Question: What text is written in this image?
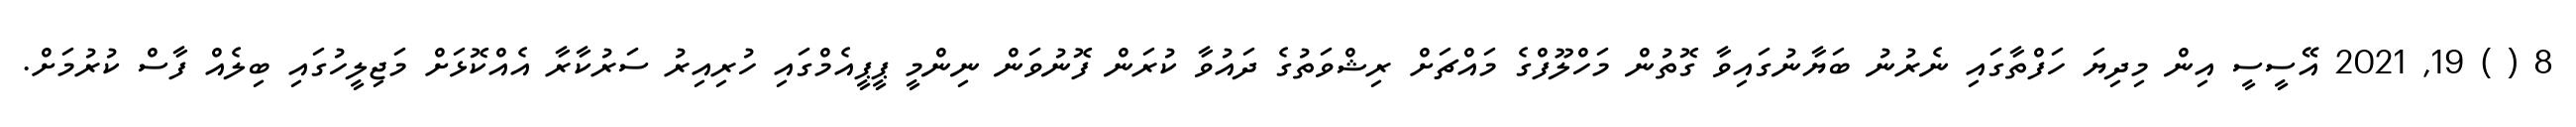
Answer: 8 ( ) 19, 2021 އޭސީސީ އިން މިދިޔަ ހަފްތާގައި ނެރުނު ބަޔާނުގައިވާ ގޮތުން މަހްލޫފްގެ މައްޗަށް ރިޝްވަތުގެ ދައުވާ ކުރަން ފޮނުވަން ނިންމީ ޕީޕީއެމްގައި ހުރިއިރު ސަރުކާރާ އެއްކޮޅަށް މަޖިލީހުގައި ބިލެއް ފާސް ކުރުމަށް.